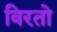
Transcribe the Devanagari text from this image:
विरतो